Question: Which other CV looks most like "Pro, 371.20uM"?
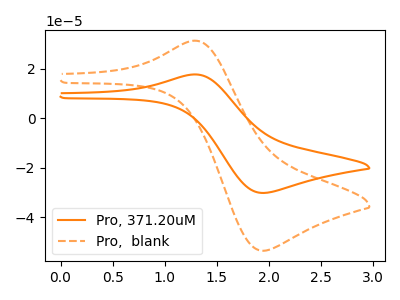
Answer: <think>The orange curve "Pro, 371.20uM" has an anodic peak at (1.30V, 17.65uA) and a cathodic peak at (1.95V, -30.20uA). The orange dashed curve "Pro,  blank" has an anodic peak at (1.30V, 31.25uA) and a cathodic peak at (1.95V, -53.55uA).
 All the peaks in "Pro, 371.20uM" have a peak in "Pro,  blank" at the same potential. Every peak in "Pro, 371.20uM" is lower than every peak in "Pro,  blank".</think>
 <answer>The CV with the most similar shape to "Pro,  blank" is "Pro, 371.20uM".</answer>
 <eval>"Pro, 371.20uM"</eval>